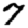
Digit: 7